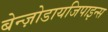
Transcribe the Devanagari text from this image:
बेन्ज़ोडायजिपाइन्स